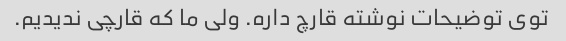
توی توضیحات نوشته قارچ داره. ولی ما که قارچی ندیدیم.